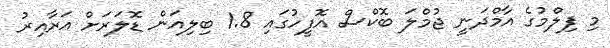
މި ފިލްމުގެ އާމްދަނީ ޖުމްލަ ބޮކްސް އޮފީހުގައި 1.8 ބިލިއަން ޑޮލަރަށް އަރާއިރު